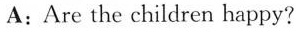
A:Are the children happy?